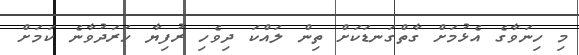
މި ހިނަވާގެ އެޅުމަށް ގާތްގަނޑަކަށް ތިން ލައްކަ ދިވެހި ރުފިޔާ ހަރަދުވާނެ ކަމަށް